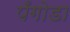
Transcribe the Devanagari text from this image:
पँगोडा